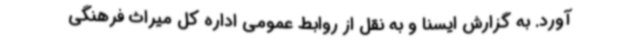
آورد. به گزارش ایسنا و به نقل از روابط عمومی اداره کل میراث فرهنگی